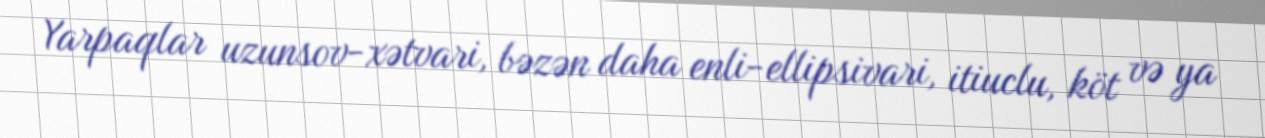
Yarpaqlar uzunsov-xətvari, bəzən daha enli-ellipsivari, itiuclu, köt və ya